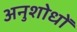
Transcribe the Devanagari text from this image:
अनुशोधों